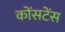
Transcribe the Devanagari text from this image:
कोंसटेंस